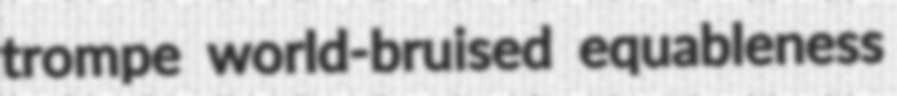
trompe world-bruised equableness